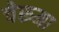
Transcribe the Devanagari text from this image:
चेरूमा